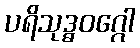
ပရိသုဒ္ဓဝဂ္ဂေါ